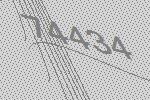
74434